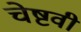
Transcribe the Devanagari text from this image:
चेष्टवी